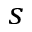
s